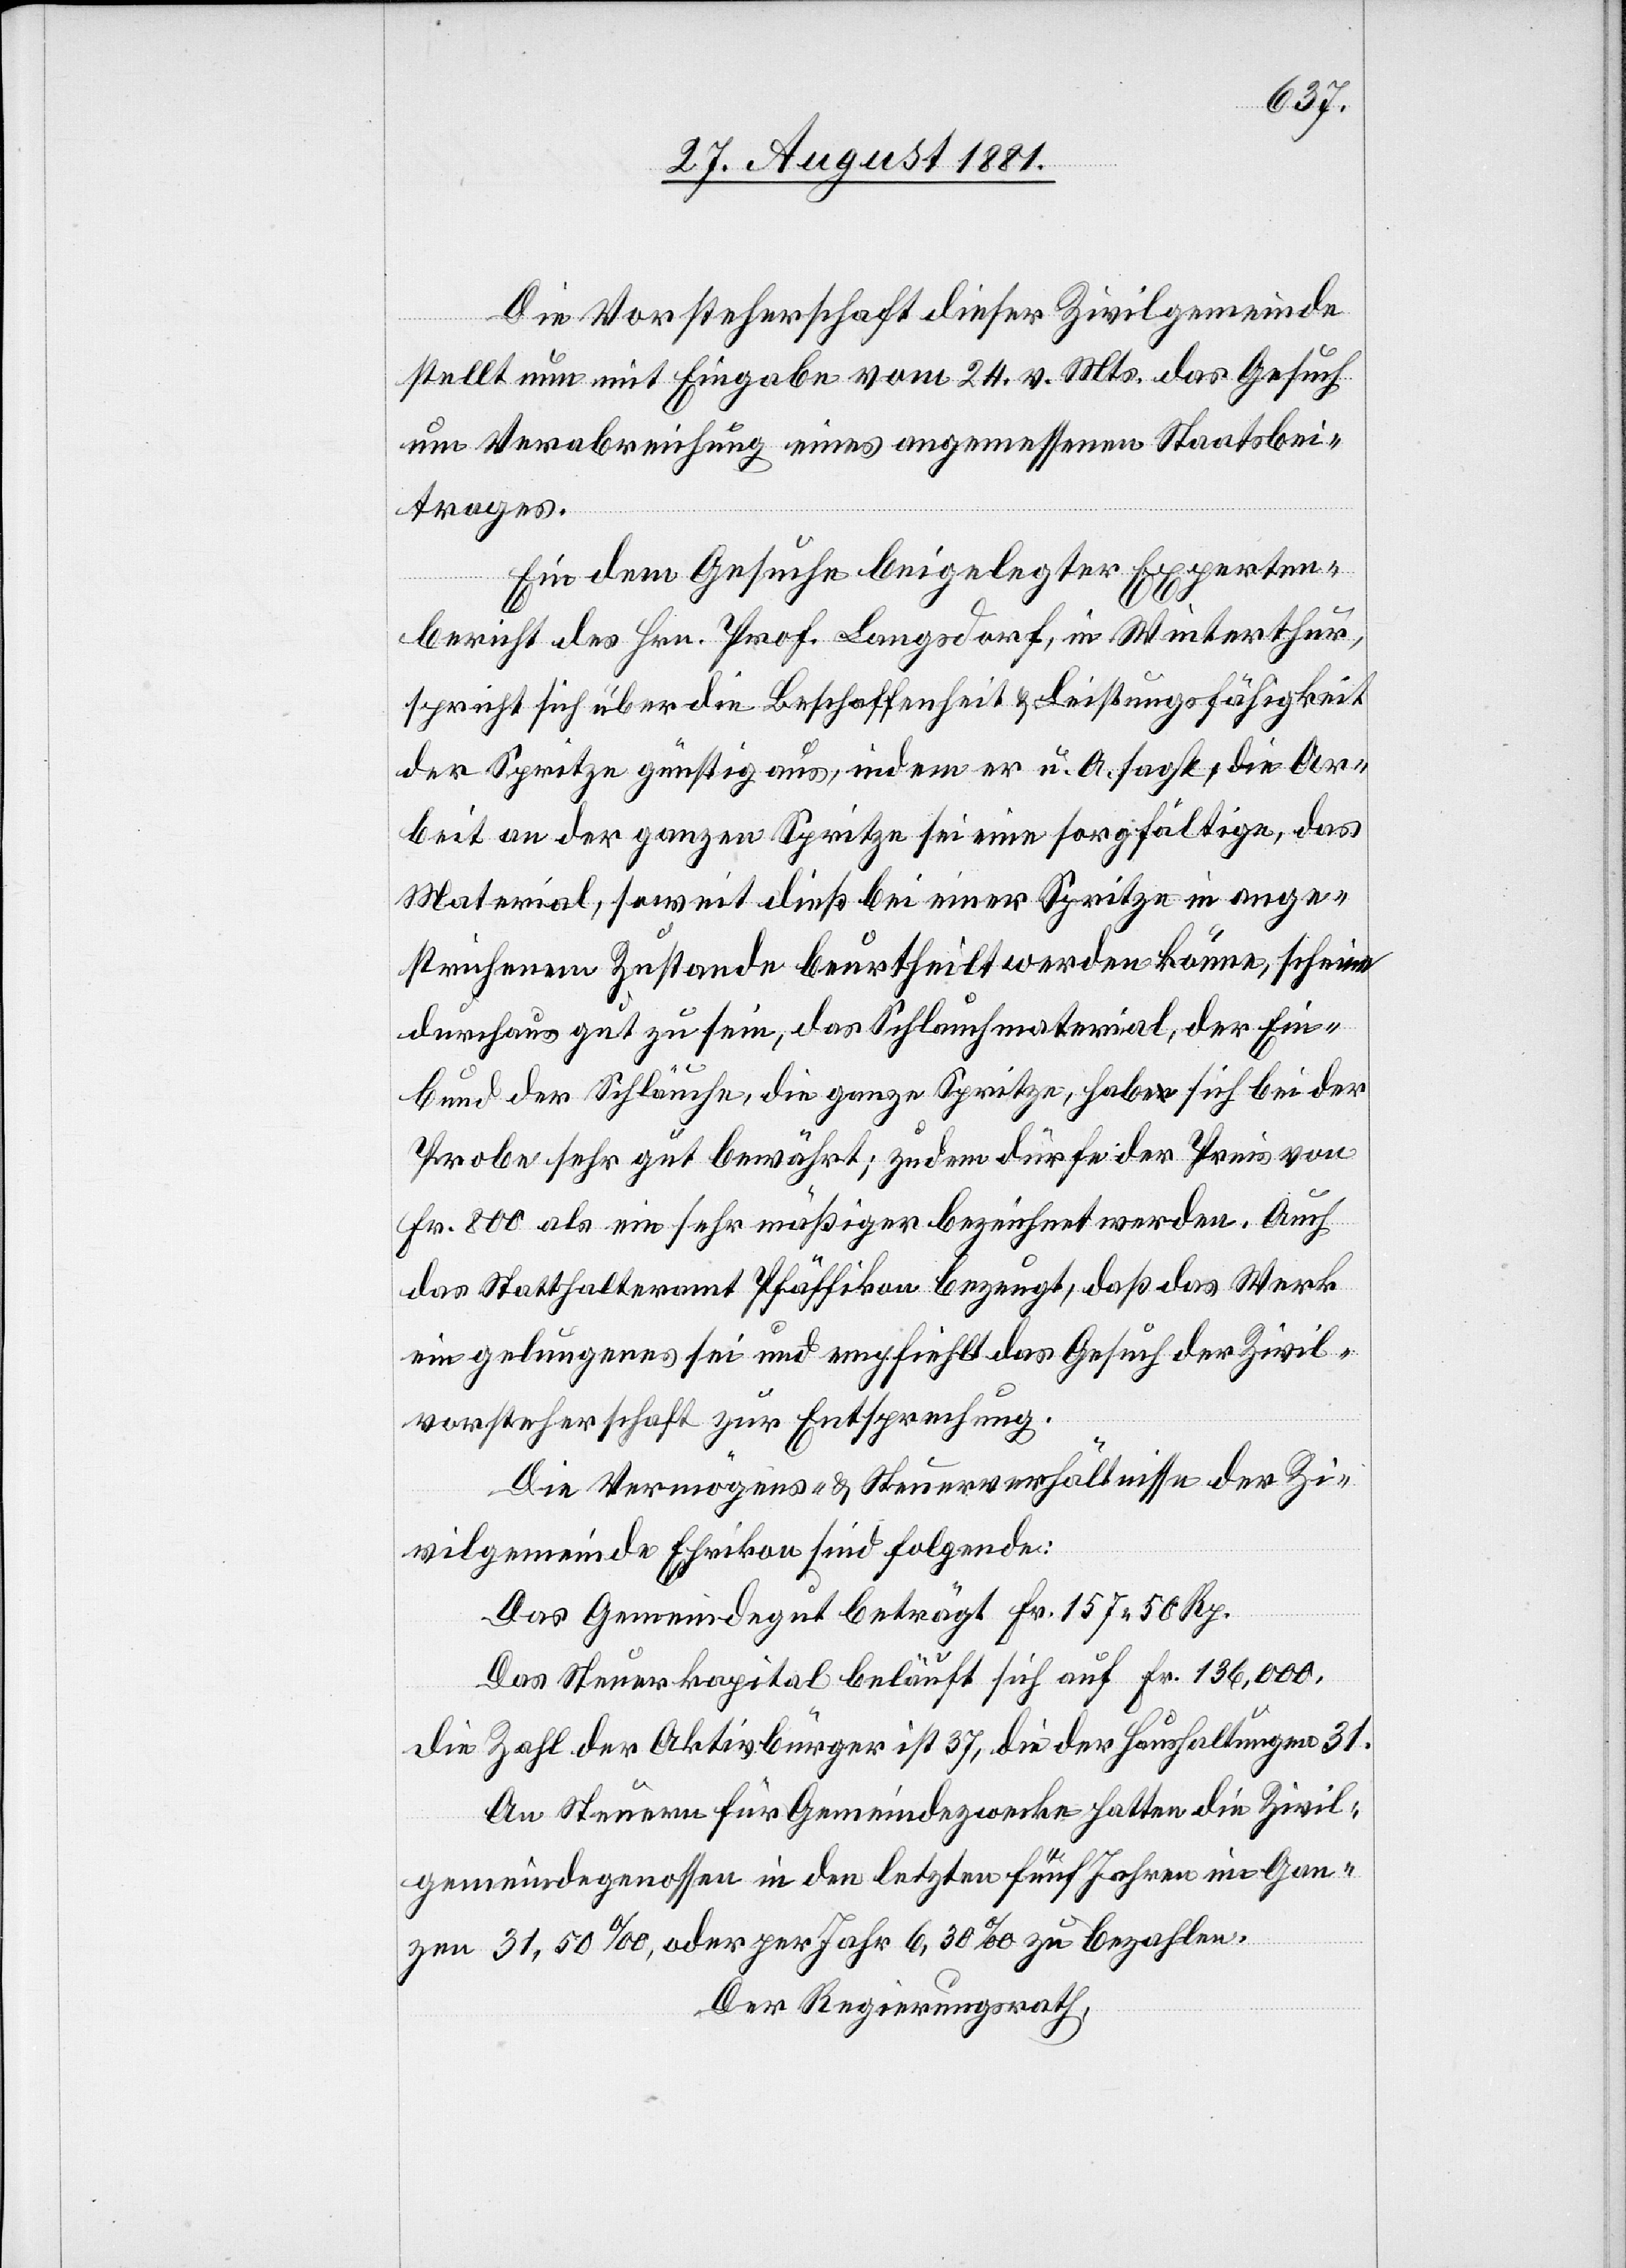
Die Vorsteherschaft dieser Zivilgemeinde
stellt mit Eingabe vom 24. v. Mts. das Gesuch
um Verabreichung eines angemessenen Staatsbei¬
trages.
Ein dem Gesuche beigelegter Experten¬
bericht des Hrn. Prof. Langsdorf, in Winterthur,
spricht sich über die Beschaffenheit & Leistungsfähigkeit
der Spritze günstig aus, indem er u. A. sagt, die Ar¬
beit an der ganzen Spritze sei eine sorgfältige, das
Material, soweit dieß bei einer Spritze in ange¬
strichenem Zustande beurtheilt werden könne, scheine
durchaus gut zu sein, das Schlauchmaterial, der Ein¬
bund der Schläuche, die ganze Spritze, habe sich bei der
Probe sehr gut bewährt; zudem dürfe der Preis von
Fr. 800 als ein sehr mäßiger bezeichnet werden. Auch
das Statthalteramt Pfäffikon bezeugt, daß das Werk
ein gelungenes sei und empfiehlt das Gesuch der Zivil¬
vorsteherschaft zur Entsprechung.
Die Vermögens- & Steuerverhältnisse der Zi¬
vilgemeinde Ehrikon sind folgende:
Das Gemeindegut beträgt Fr. 157 50 Rp.
Das Steuerkapital beläuft sich auf Fr. 136,000,
die Zahl der Aktivbürger ist 37, die der Haushaltungen 31.
An Steuern für Gemeindezwecke hatten die Zivil¬
gemeindegenossen in den letzten fünf Jahren im Gan¬
zen 31,50‰, oder per Jahr 6,30‰ zu bezahlen.
Der Regierungsrath,